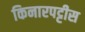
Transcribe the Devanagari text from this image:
किनारपट्टीस